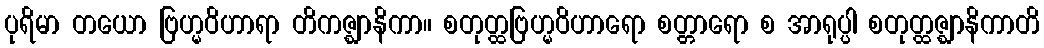
ပုရိမာ တယော ဗြဟ္မဝိဟာရာ တိကဇ္ဈာနိကာ။ စတုတ္ထဗြဟ္မဝိဟာရော စတ္တာရော စ အာရုပ္ပါ စတုတ္ထဇ္ဈာနိကာတိ